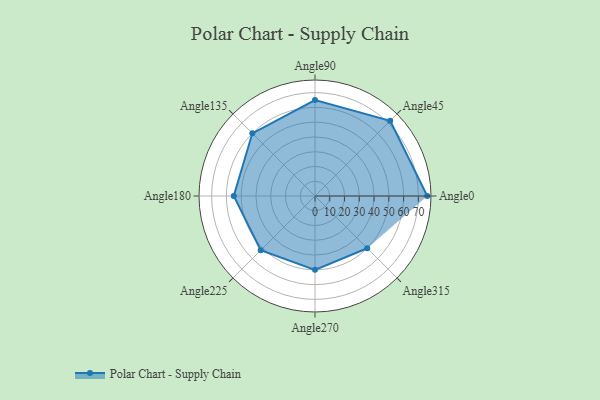
{"axis": {"x": "Angle", "y": "Radius"}, "legend": [""], "data": [{"x": "Angle0", "y": 76.0, "type": ""}, {"x": "Angle45", "y": 72.0, "type": ""}, {"x": "Angle90", "y": 65.0, "type": ""}, {"x": "Angle135", "y": 60.0, "type": ""}, {"x": "Angle180", "y": 55.0, "type": ""}, {"x": "Angle225", "y": 52.0, "type": ""}, {"x": "Angle270", "y": 50, "type": ""}, {"x": "Angle315", "y": 50, "type": ""}]}